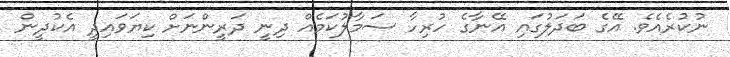
ނުކުރެއެވެ. އޭގެ ބަދަލުގައި އޭނާގެ ހުރިހާ ސަމާލުކަމެއް ދިނީ ދަރީންނަށް ކިޔަވައިދީ އެކުދީން